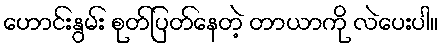
ဟောင်းနွမ်း စုတ်ပြတ်နေတဲ့ တာယာကို လဲပေးပါ။